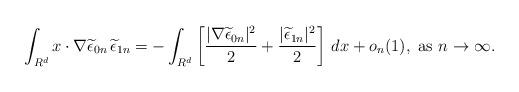
LaTeX: \begin{align*}\int_{R^d}x\cdot\nabla \widetilde{\epsilon}_{0n}\,\widetilde{\epsilon}_{1n}= -\int_{R^d}\left[\frac{|\nabla \widetilde{\epsilon}_{0n}|^2}{2}+\frac{|\widetilde{\epsilon}_{1n}|^2}{2}\right]\,dx+o_n(1),\,\,{\rm as}\,\,n\to\infty.\end{align*}